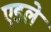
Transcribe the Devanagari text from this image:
एडले